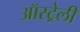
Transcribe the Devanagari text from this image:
ऑस्ट्रेली